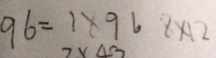
9 6 = 1 \times 9 6 8 \times 1 2